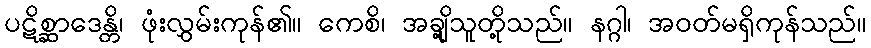
ပဋိစ္ဆာဒေန္တိ၊ ဖုံးလွှမ်းကုန်၏။ ကေစိ၊ အချို့သူတို့သည်။ နဂ္ဂါ၊ အဝတ်မရှိကုန်သည်။